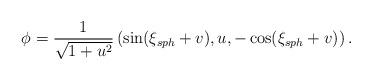
LaTeX: \begin{align*}\phi = \frac{1}{\sqrt{1 + u^2}}\left( \sin (\xi_{sph} + v), u, -\cos (\xi_{sph} + v) \right).\end{align*}